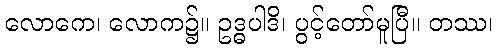
လောကေ၊ လောက၌။ ဥဒ္ဓပါဒိ၊ ပွင့်တော်မူပြီ။ တဿ၊